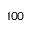
1 0 0